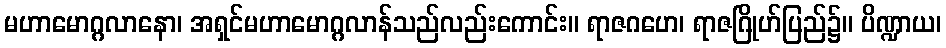
မဟာမောဂ္ဂလာနော၊ အရှင်မဟာမောဂ္ဂလာန်သည်လည်းကောင်း။ ရာဇဂဟေ၊ ရာဇဂြိုဟ်ပြည်၌။ ပိဏ္ဍာယ၊